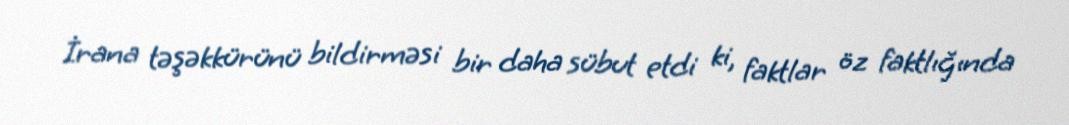
İrana təşəkkürünü bildirməsi bir daha sübut etdi ki, faktlar öz faktlığında